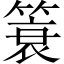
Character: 簑